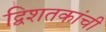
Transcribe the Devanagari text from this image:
द्विशतकांची